Scottish Certificate of Education, 1962
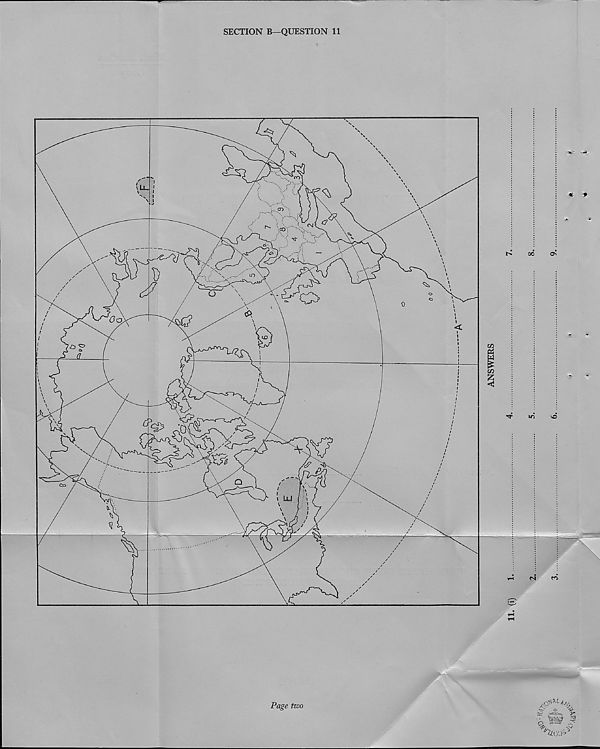
SECTION B—QUESTION 11
V
‘*>r
* te&a? 3
? w ? '